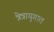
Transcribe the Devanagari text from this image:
त्रेत्रायुगात